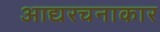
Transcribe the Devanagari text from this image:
आद्यरचनाकार